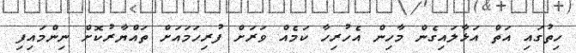
ހިތުގައި އަތް އަޅާލައިގެން މާހިން އެހުރިހާ ކަމެއް ވަރަށް ފުރިހަމައަށް ތައްޔާރުކޮށް ނިންމައިފި